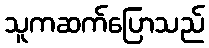
သူကဆက်ပြောသည်